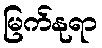
မြက်နုရာ